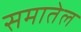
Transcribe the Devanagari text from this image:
समातेल